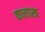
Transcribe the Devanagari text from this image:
कालास्त्र